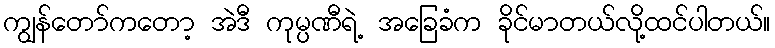
ကျွန်တော်ကတော့ အဲဒီ ကုမ္ပဏီရဲ့ အခြေခံက ခိုင်မာတယ်လို့ထင်ပါတယ်။